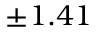
\pm 1 . 4 1